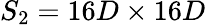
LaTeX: S_{2}=16D\times 16D